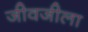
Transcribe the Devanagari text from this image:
जीवजीला